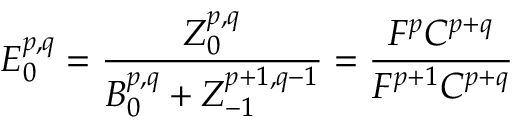
E _ { 0 } ^ { p , q } = { \frac { Z _ { 0 } ^ { p , q } } { B _ { 0 } ^ { p , q } + Z _ { - 1 } ^ { p + 1 , q - 1 } } } = { \frac { F ^ { p } C ^ { p + q } } { F ^ { p + 1 } C ^ { p + q } } }